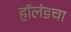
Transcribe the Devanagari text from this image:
हॉलंडचा